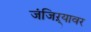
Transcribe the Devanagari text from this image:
जंजिऱ्यावर